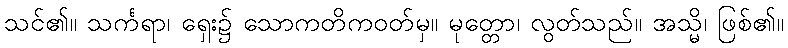
သင်၏။ သင်္ကရာ၊ ရှေး၌ သောကတိကဝတ်မှ။ မုတ္တော၊ လွတ်သည်။ အသ္မိ၊ ဖြစ်၏။